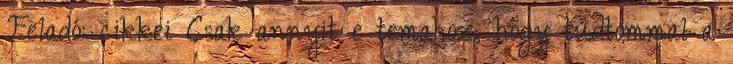
Feladó: cikkei Csak annyit e temahoz, hogy tudtommal a